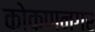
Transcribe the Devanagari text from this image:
कोकणनगर